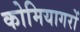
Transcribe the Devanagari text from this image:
कोमियागरों